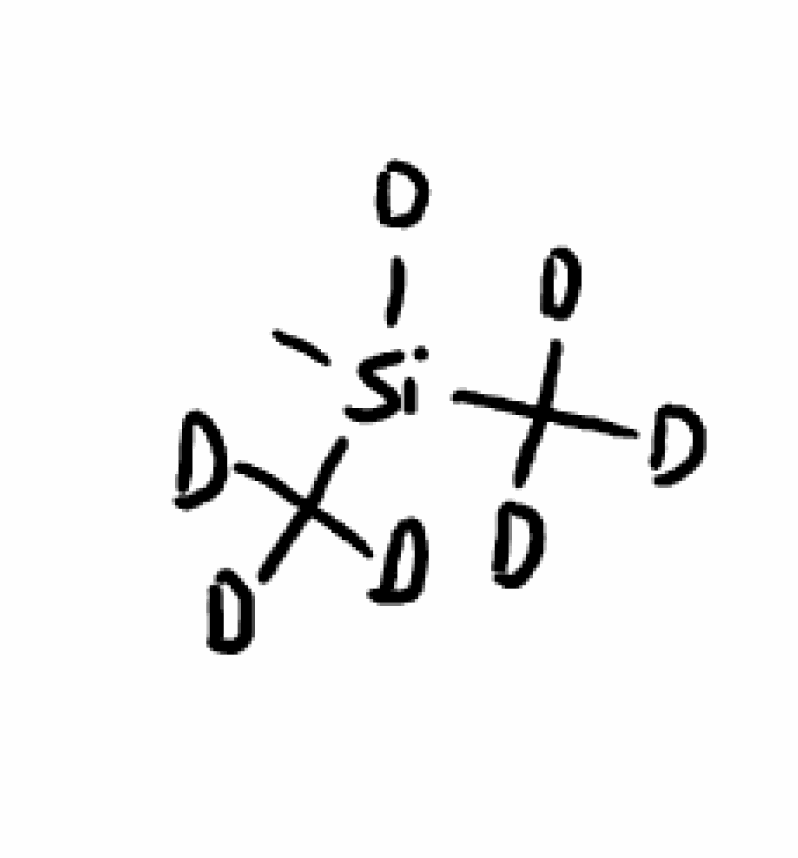
Simplified molecular-input line-entry system (SMILES) notation of the given molecule:
[2H]C([2H])([2H])[Si]([2H])(C)C([2H])([2H])[2H]